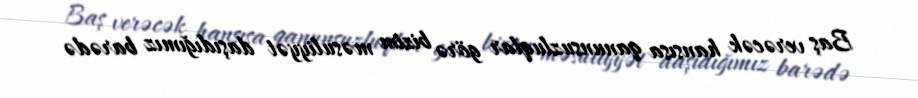
Baş verəcək hansısa qanunsuzluqlar görə bizim məsuliyyət daşıdığımız barədə